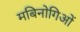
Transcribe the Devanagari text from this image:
मबिनोगिओं